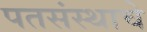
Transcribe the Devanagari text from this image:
पतसंस्थाचे